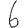
Digit: 6